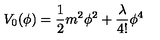
V _ { 0 } ( \phi ) = \frac { 1 } { 2 } m ^ { 2 } \phi ^ { 2 } + \frac { \lambda } { 4 ! } \phi ^ { 4 }